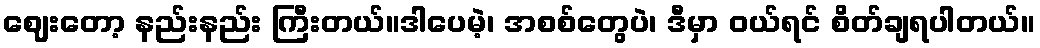
ဈေးတော့ နည်းနည်း ကြီးတယ်။ဒါပေမဲ့၊ အစစ်တွေပဲ၊ ဒီမှာ ဝယ်ရင် စိတ်ချရပါတယ်။